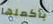
بأكملها